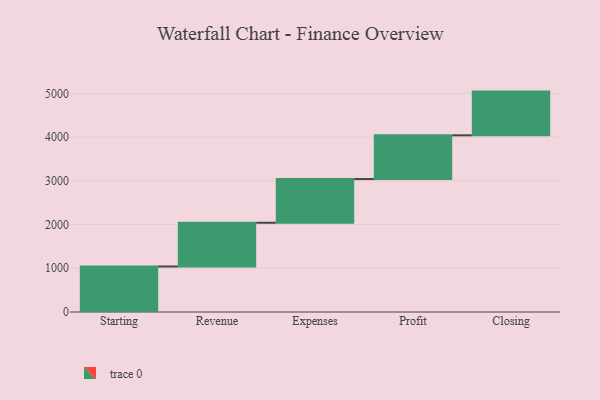
{"axis": {"x": "Step", "y": "Value"}, "legend": [""], "data": [{"x": "Starting", "y": 1041.0, "type": ""}, {"x": "Revenue", "y": 1000, "type": ""}, {"x": "Expenses", "y": 1000, "type": ""}, {"x": "Profit", "y": 1000, "type": ""}, {"x": "Closing", "y": 1000, "type": ""}]}